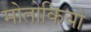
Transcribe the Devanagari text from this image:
मोतोकियो